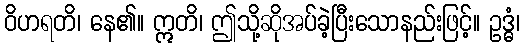
ဝိဟရတိ၊ နေ၏။ ဣတိ၊ ဤသို့ဆိုအပ်ခဲ့ပြီးသောနည်းဖြင့်။ ဥဒ္ဓံ၊